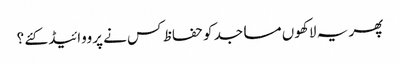
پھر یہ لاکھوں مساجد کو حفاظ کس نے پرووائیڈ کئے ؟